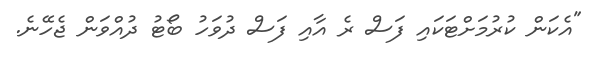
"އެކަން ކުރުމަށްޓަކައި ފަސް ރެ އާއި ފަސް ދުވަހު ބޯޓު ދުއްވަން ޖެހޭނެ.